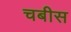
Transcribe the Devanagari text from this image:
चबीस